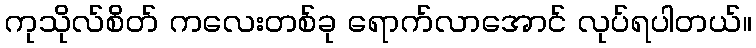
ကုသိုလ်စိတ် ကလေးတစ်ခု ရောက်လာအောင် လုပ်ရပါတယ်။